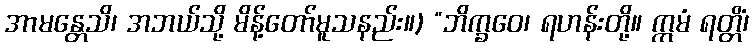
အာမန္တေသိ၊ အဘယ်သို့ မိန့်တော်မူသနည်း။) “ဘိက္ခဝေ၊ ရဟန်းတို့။ ဣမံ ရတ္တိံ၊